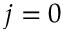
j = 0